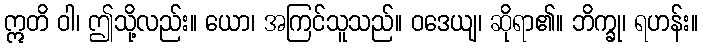
ဣတိ ဝါ၊ ဤသို့လည်း။ ယော၊ အကြင်သူသည်။ ဝဒေယျ၊ ဆိုရာ၏။ ဘိက္ခု၊ ရဟန်း။